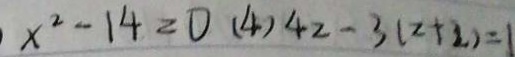
x ^ { 2 } - 1 4 = 0 ( 4 ) 4 2 - 3 ( z + 2 ) = 1